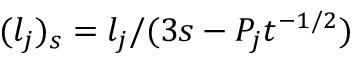
( l _ { j } ) _ { s } = l _ { j } / ( 3 s - P _ { j } t ^ { - 1 / 2 } )